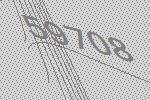
59708